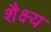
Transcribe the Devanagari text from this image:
शैक्ष्य